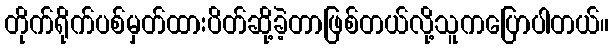
တိုက်ရိုက်ပစ်မှတ်ထားပိတ်ဆို့ခဲ့တာဖြစ်တယ်လို့သူကပြောပါတယ်။